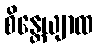
စိန္တေယျာထ